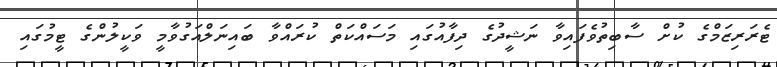
ޓެރަރިޒަމްގެ ކުށް ސާބިތުވެފައިވާ ނަޝީދުގެ ދިފާއުގައި މަސައްކަތް ކުރައްވާ ބައިނަލްއަގުވާމީ ވަކީލުންގެ ޓީމުގައި